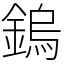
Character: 鎢